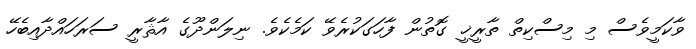
ވާކަމީވެސް މި މިސްކިތް ތާރީޚީ ގޮތުން ފާހަގަކުރެވޭ ކަމެކެވެ. ނިލަންދޫގެ އާޘާރީ ސަރަހައްދާއިބެހޭ